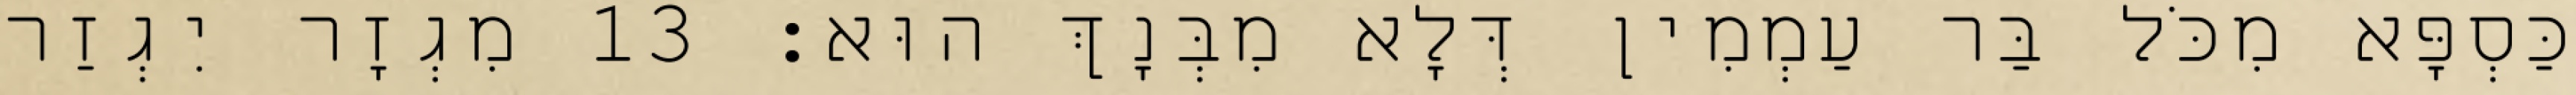
כַּסְפָּא מִכֹּל בַּר עַמְמִין דְּלָא מִבְּנָךְ הוּא׃ 13 מִגְזָר יִגְזַר